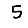
Digit: 5